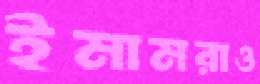
ইমামরাও